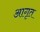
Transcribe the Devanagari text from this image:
आगृत